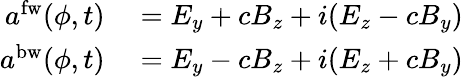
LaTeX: \begin{array}{rl}{a^{\mathrm{fw}}(\phi,t)}&{{}=E_{y}+cB_{z}+i(E_{z}-cB_{y})}\\ {a^{\mathrm{bw}}(\phi,t)}&{{}=E_{y}-cB_{z}+i(E_{z}+cB_{y})}\end{array}